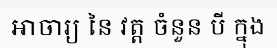
អាចារ្យ នៃ វត្ត ចំនួន បី ក្នុង